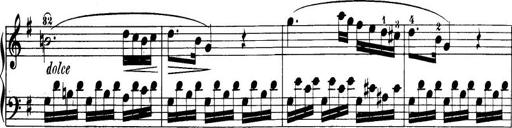
Title: 32 Sonatinas and Rondos for the Piano
Composer: Richard Kleinmichel